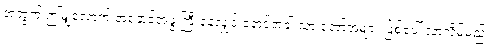
အတွက် ဤမျှလောက် အနှောင်အဖွဲ့ကြီးနေလျှင် နောင်အခါ သားတော်အများ ဖြစ်ပေါ် လာလိမ့်မည်။